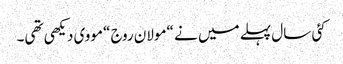
کئی سال پہلے میں نے “مولان روج “مووی دیکھی تھی۔